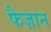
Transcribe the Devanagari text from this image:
फैज़ान